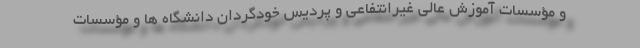
و مؤسسات آموزش عالی غیرانتفاعی و پردیس خودگردان دانشگاه ها و مؤسسات